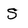
Character: S